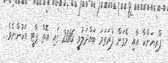
ޕްރިޔަންކާ އާއި މެގަން ފުރަތަމަ ބައްދަލުވީ 2016 ގައި އޮތް ޕާޓީ އަކުންނެވެ.